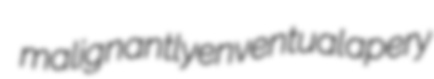
malignantly enventual apery